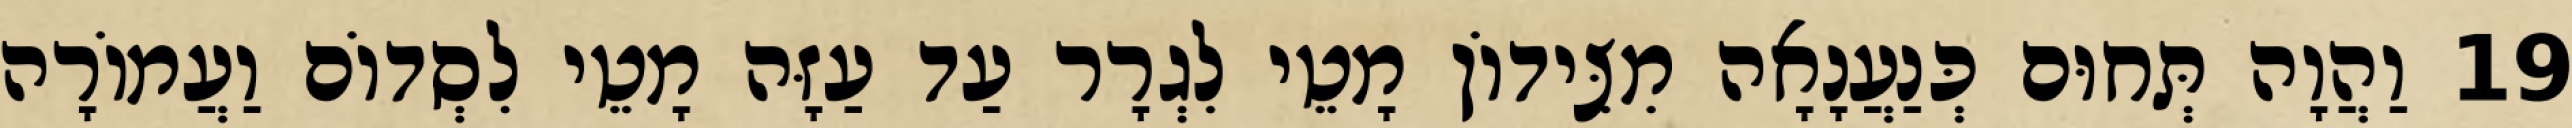
19 וַהֲוָה תְּחוּם כְּנַעֲנָאָה מִצִּידוֹן מָטֵי לִגְרָר עַד עַזָּה מָטֵי לִסְדוֹם וַעֲמוֹרָה